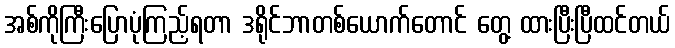
အစ်ကိုကြီးပြောပုံကြည့်ရတာ ဒရိုင်ဘာတစ်ယောက်တောင် တွေ့ ထားပြီးပြီထင်တယ်